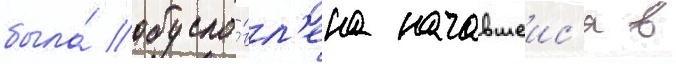
была́ обусло́вл'ена начавшеис'я в